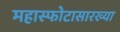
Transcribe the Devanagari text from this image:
महास्फोटासारख्या